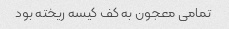
تمامی معجون به کف کیسه ریخته بود